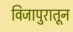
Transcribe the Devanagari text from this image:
विजापुरातून